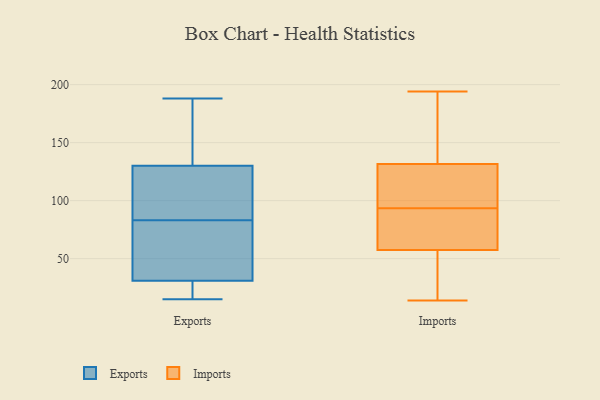
{"axis": {"x": "Net Income (USD K)", "y": "Value"}, "legend": ["Exports", "Imports"], "data": [{"x": "", "y": 27, "type": "Exports"}, {"x": "", "y": 73, "type": "Exports"}, {"x": "", "y": 20, "type": "Exports"}, {"x": "", "y": 56, "type": "Exports"}, {"x": "", "y": 113, "type": "Exports"}, {"x": "", "y": 130, "type": "Exports"}, {"x": "", "y": 15, "type": "Exports"}, {"x": "", "y": 84, "type": "Exports"}, {"x": "", "y": 31, "type": "Exports"}, {"x": "", "y": 82, "type": "Exports"}, {"x": "", "y": 98, "type": "Exports"}, {"x": "", "y": 151, "type": "Exports"}, {"x": "", "y": 188, "type": "Exports"}, {"x": "", "y": 154, "type": "Exports"}, {"x": "", "y": 50, "type": "Imports"}, {"x": "", "y": 104, "type": "Imports"}, {"x": "", "y": 139, "type": "Imports"}, {"x": "", "y": 60, "type": "Imports"}, {"x": "", "y": 186, "type": "Imports"}, {"x": "", "y": 100, "type": "Imports"}, {"x": "", "y": 78, "type": "Imports"}, {"x": "", "y": 14, "type": "Imports"}, {"x": "", "y": 55, "type": "Imports"}, {"x": "", "y": 124, "type": "Imports"}, {"x": "", "y": 170, "type": "Imports"}, {"x": "", "y": 75, "type": "Imports"}, {"x": "", "y": 50, "type": "Imports"}, {"x": "", "y": 76, "type": "Imports"}, {"x": "", "y": 19, "type": "Imports"}, {"x": "", "y": 141, "type": "Imports"}, {"x": "", "y": 120, "type": "Imports"}, {"x": "", "y": 87, "type": "Imports"}, {"x": "", "y": 112, "type": "Imports"}, {"x": "", "y": 194, "type": "Imports"}]}